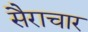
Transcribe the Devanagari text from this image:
सैराचार